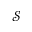
\mathcal { S }